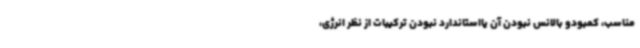
مناسب، کمبودو بالانس نبودن آن یااستاندارد نبودن ترکیبات از نظر انرژی،